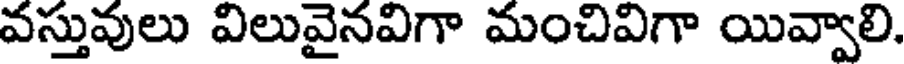
వస్తువులు విలువైనవిగా మంచివిగా యివ్వాలి.